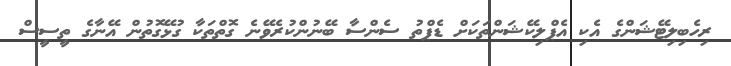
ރިހެބިލިޓޭޝަންގެ އެކި އެޕްލިކޭޝަންތަކަށް ޑެޕްތު ސެންސާ ބޭނުންކުރެވޭނެ ގޮތްތަކާ ގުޅޭގޮތުން އޭނާގެ ތީސީސް